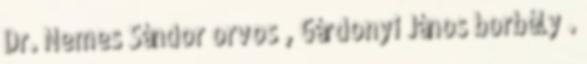
Dr. Nemes Sándor orvos , Gárdonyi János borbély .